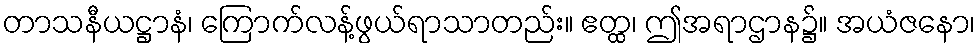
တာသနီယဋ္ဌာနံ၊ ကြောက်လန့်ဖွယ်ရာသာတည်း။ ဧတ္ထ၊ ဤအရာဌာန၌။ အယံဇနော၊